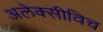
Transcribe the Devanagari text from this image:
अलेक्सीविच